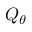
Q _ { \theta }